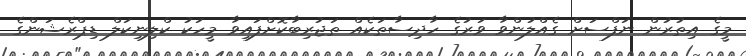
މީގެ އިތުރުން ނަފްސަށް ގެއްލުންވާ ވަރުގެ ހާދިސާތަކެއް ތަޖުރިބާކޮށްފައިވާ މީހަކު ކްލިނިކަލް ޑިޕްރެޝަންގެ